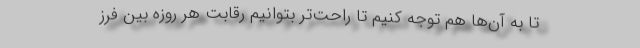
تا به آن‌ها هم توجه کنیم تا راحت‌تر بتوانیم رقابت هر روزه بین فرز